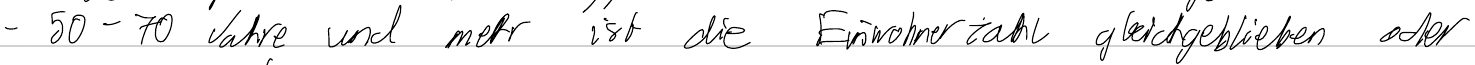
- 50-70 Jahre und mehr ist die Einwohnerzahl gleichgeblieben oder